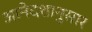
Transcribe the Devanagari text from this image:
आनेदशानुसार